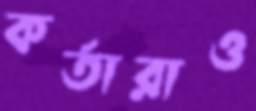
কর্তারাও